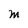
Character: M